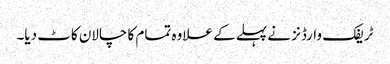
ٹریفک وارڈنز نے پہلے کے علاوہ تمام کا چالان کاٹ دیا۔